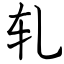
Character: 轧